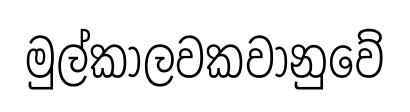
මුල්කාලවකවානුවේ